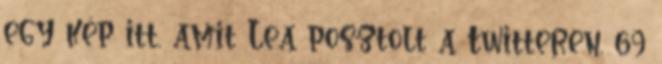
egy kép itt, amit Lea posztolt a Twitteren. 69